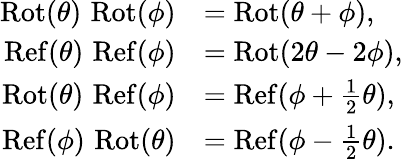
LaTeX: {\begin{array}{rl}{\operatorname{Rot}(\theta)\, \operatorname{Rot}(\phi)}&{=\operatorname{Rot}(\theta+\phi),}\\ {\operatorname{Ref}(\theta)\, \operatorname{Ref}(\phi)}&{=\operatorname{Rot}(2\theta-2\phi),}\\ {\operatorname{Rot}(\theta)\, \operatorname{Ref}(\phi)}&{=\operatorname{Ref}(\phi+{\frac{1}{2}}\theta),}\\ {\operatorname{Ref}(\phi)\, \operatorname{Rot}(\theta)}&{=\operatorname{Ref}(\phi-{\frac{1}{2}}\theta).}\end{array}}